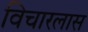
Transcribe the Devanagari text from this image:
विचारलास